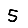
Digit: 5